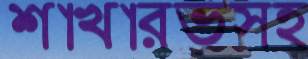
শাখারভসহ